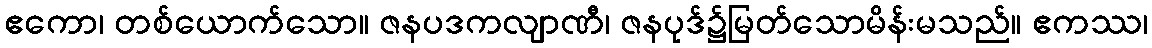
ဧကော၊ တစ်ယောက်သော။ ဇနပဒကလျာဏီ၊ ဇနပုဒ်၌မြတ်သောမိန်းမသည်။ ဧကဿ၊